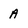
Character: A